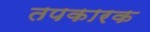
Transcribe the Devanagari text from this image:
तपकारक